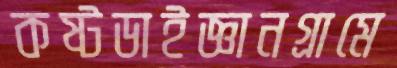
কষ্টডাইজ্ঞানগ্রামে